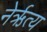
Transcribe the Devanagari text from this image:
नेर्ऋत्य